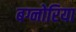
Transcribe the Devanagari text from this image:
बग्नोरिया